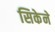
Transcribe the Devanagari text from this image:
सिकेने